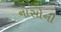
નાસોની